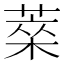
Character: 𦷞